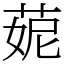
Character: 𦲁